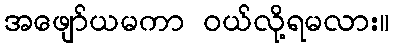
အဖျော်ယမကာ ဝယ်လို့ရမလား။